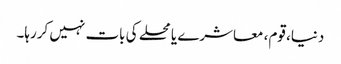
دنیا، قوم، معاشرے یا محلے کی بات نہیں کررہا۔